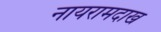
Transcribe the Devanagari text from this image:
नायरामदाख